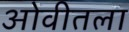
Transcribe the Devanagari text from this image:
ओवीतला